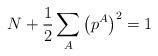
LaTeX: \begin{align*}N+\frac{1}{2}\sum_A\left(p^A\right)^2 = 1\end{align*}